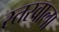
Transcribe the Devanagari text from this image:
स्तरवाला